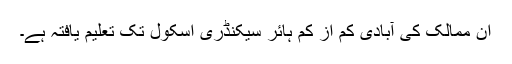
ان ممالک کی آبادی کم از کم ہائر سیکنڈری اسکول تک تعلیم یافتہ ہے۔